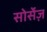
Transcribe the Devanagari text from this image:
सोर्सेज़